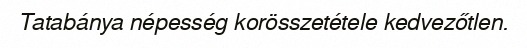
Tatabánya népesség korösszetétele kedvezőtlen.